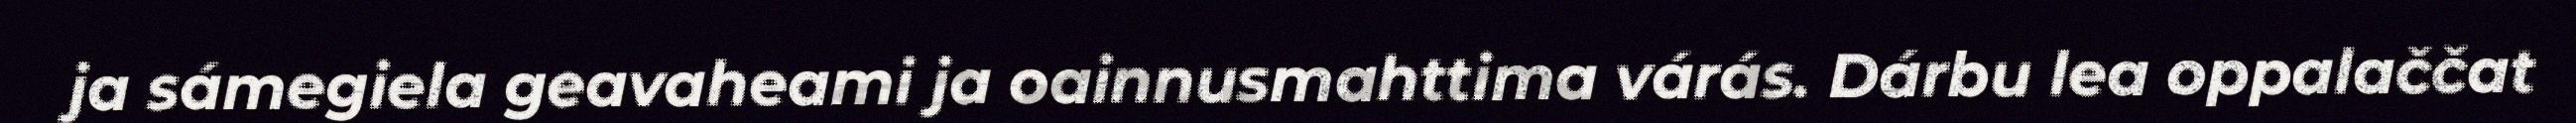
ja sámegiela geavaheami ja oainnusmahttima várás. Dárbu lea oppalaččat